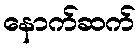
နောက်ဆက်